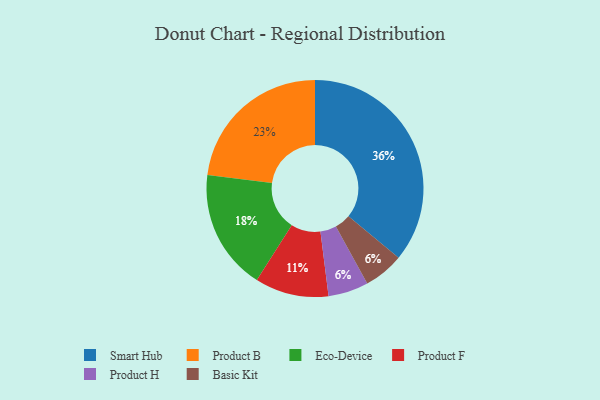
{"axis": {"x": "Category", "y": "Percentage"}, "legend": ["Basic Kit", "Eco-Device", "Product B", "Product F", "Product H", "Smart Hub"], "data": [{"x": "Product H", "y": 6, "type": "Product H"}, {"x": "Eco-Device", "y": 18, "type": "Eco-Device"}, {"x": "Basic Kit", "y": 6, "type": "Basic Kit"}, {"x": "Smart Hub", "y": 36, "type": "Smart Hub"}, {"x": "Product F", "y": 11, "type": "Product F"}, {"x": "Product B", "y": 23, "type": "Product B"}]}